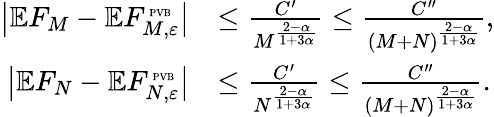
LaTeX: \begin{array}{rl}{\bigl|\mathbb EF_{M}-\mathbb EF_{M,\varepsilon}^{\mathrm{\tiny~PVB}}\bigr|}&{\leq\frac{C^{\prime}}{M^{\frac{2-\alpha}{1+3\alpha}}}\leq\frac{C^{\prime\prime}}{(M+N)^{\frac{2-\alpha}{1+3\alpha}}},}\\ {\bigl|\mathbb EF_{N}-\mathbb EF_{N,\varepsilon}^{\mathrm{\tiny~PVB}}\bigr|}&{\leq\frac{C^{\prime}}{N^{\frac{2-\alpha}{1+3\alpha}}}\leq\frac{C^{\prime\prime}}{(M+N)^{\frac{2-\alpha}{1+3\alpha}}}.}\end{array}